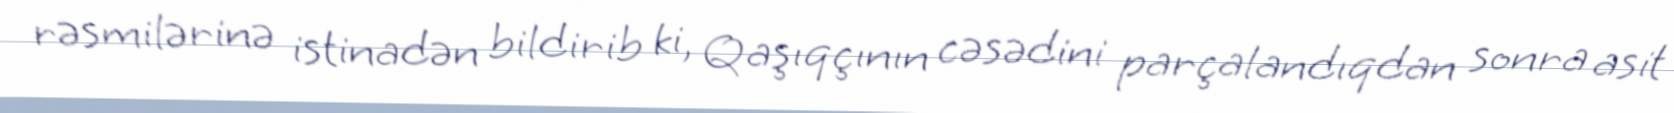
rəsmilərinə istinadən bildirib ki, Qaşıqçının cəsədini parçalandıqdan sonra asit